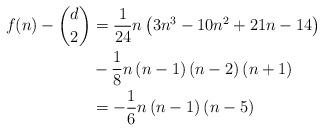
LaTeX: \begin{align*}f(n)-\binom{d}{2} & =\frac{1}{24}n\left( 3n^{3}-10n^{2}+21n-14\right) \\& -\allowbreak\frac{1}{8}n\left( n-1\right) \left( n-2\right) \left(n+1\right) \\& =\allowbreak-\frac{1}{6}n\left( n-1\right) \left( n-5\right)\end{align*}